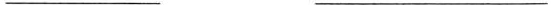
___ ___